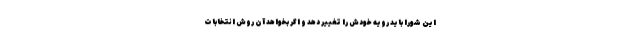
این شورا باید رویه خودش را تغییر دهد و اگر بخواهد آن روش انتخابات